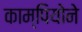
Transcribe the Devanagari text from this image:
काम्पियोने